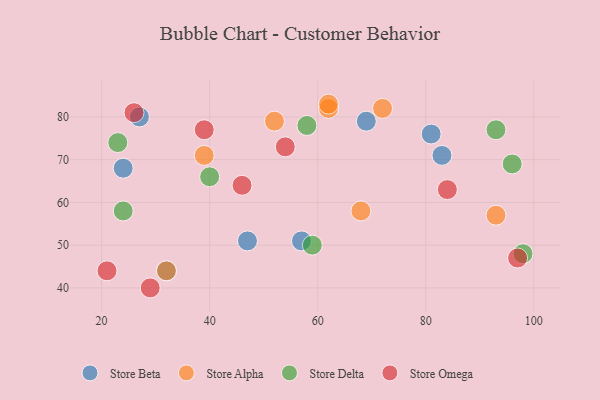
{"axis": {"x": "GDP", "y": "Life Expectancy"}, "legend": ["Store Alpha", "Store Beta", "Store Delta", "Store Omega"], "data": [{"x": "57", "y": 51, "type": "Store Beta"}, {"x": "27", "y": 80, "type": "Store Beta"}, {"x": "69", "y": 79, "type": "Store Beta"}, {"x": "83", "y": 71, "type": "Store Beta"}, {"x": "81", "y": 76, "type": "Store Beta"}, {"x": "47", "y": 51, "type": "Store Beta"}, {"x": "24", "y": 68, "type": "Store Beta"}, {"x": "32", "y": 44, "type": "Store Beta"}, {"x": "62", "y": 82, "type": "Store Alpha"}, {"x": "93", "y": 57, "type": "Store Alpha"}, {"x": "52", "y": 79, "type": "Store Alpha"}, {"x": "39", "y": 71, "type": "Store Alpha"}, {"x": "62", "y": 83, "type": "Store Alpha"}, {"x": "68", "y": 58, "type": "Store Alpha"}, {"x": "32", "y": 44, "type": "Store Alpha"}, {"x": "72", "y": 82, "type": "Store Alpha"}, {"x": "98", "y": 48, "type": "Store Delta"}, {"x": "59", "y": 50, "type": "Store Delta"}, {"x": "93", "y": 77, "type": "Store Delta"}, {"x": "24", "y": 58, "type": "Store Delta"}, {"x": "40", "y": 66, "type": "Store Delta"}, {"x": "96", "y": 69, "type": "Store Delta"}, {"x": "23", "y": 74, "type": "Store Delta"}, {"x": "58", "y": 78, "type": "Store Delta"}, {"x": "54", "y": 73, "type": "Store Omega"}, {"x": "46", "y": 64, "type": "Store Omega"}, {"x": "26", "y": 81, "type": "Store Omega"}, {"x": "97", "y": 47, "type": "Store Omega"}, {"x": "29", "y": 40, "type": "Store Omega"}, {"x": "39", "y": 77, "type": "Store Omega"}, {"x": "21", "y": 44, "type": "Store Omega"}, {"x": "84", "y": 63, "type": "Store Omega"}]}